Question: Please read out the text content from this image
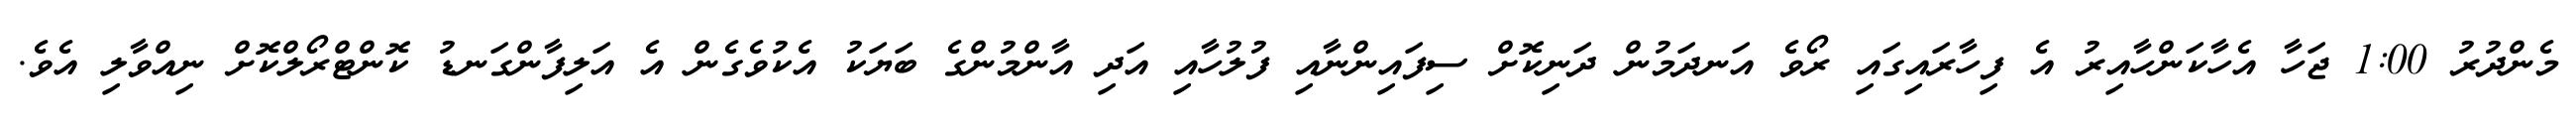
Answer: މެންދުރު 1:00 ޖަހާ އެހާކަންހާއިރު އެ ފިހާރައިގައި ރޯވެ އަނދަމުން ދަނިކޮށް ސިފައިންނާއި ފުލުހާއި އަދި އާންމުންގެ ބަޔަކު އެކުވެގެން އެ އަލިފާންގަނޑު ކޮންޓްރޯލްކޮށް ނިއްވާލި އެވެ.